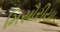
મિસૌરીયા